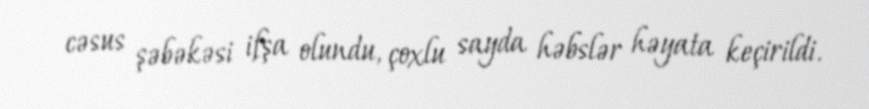
cəsus şəbəkəsi ifşa olundu, çoxlu sayda həbslər həyata keçirildi.